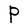
Character: P